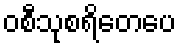
ဝစီသုစရိတေပေ